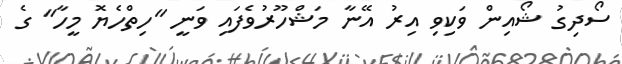
ސޯދިގު ޝޯއިން ވަކިވި އިރު އޭނާ މަޝްހޫރުވެފައި ވަނީ "ހިތްހެޔޮ މީހާ" ގެ